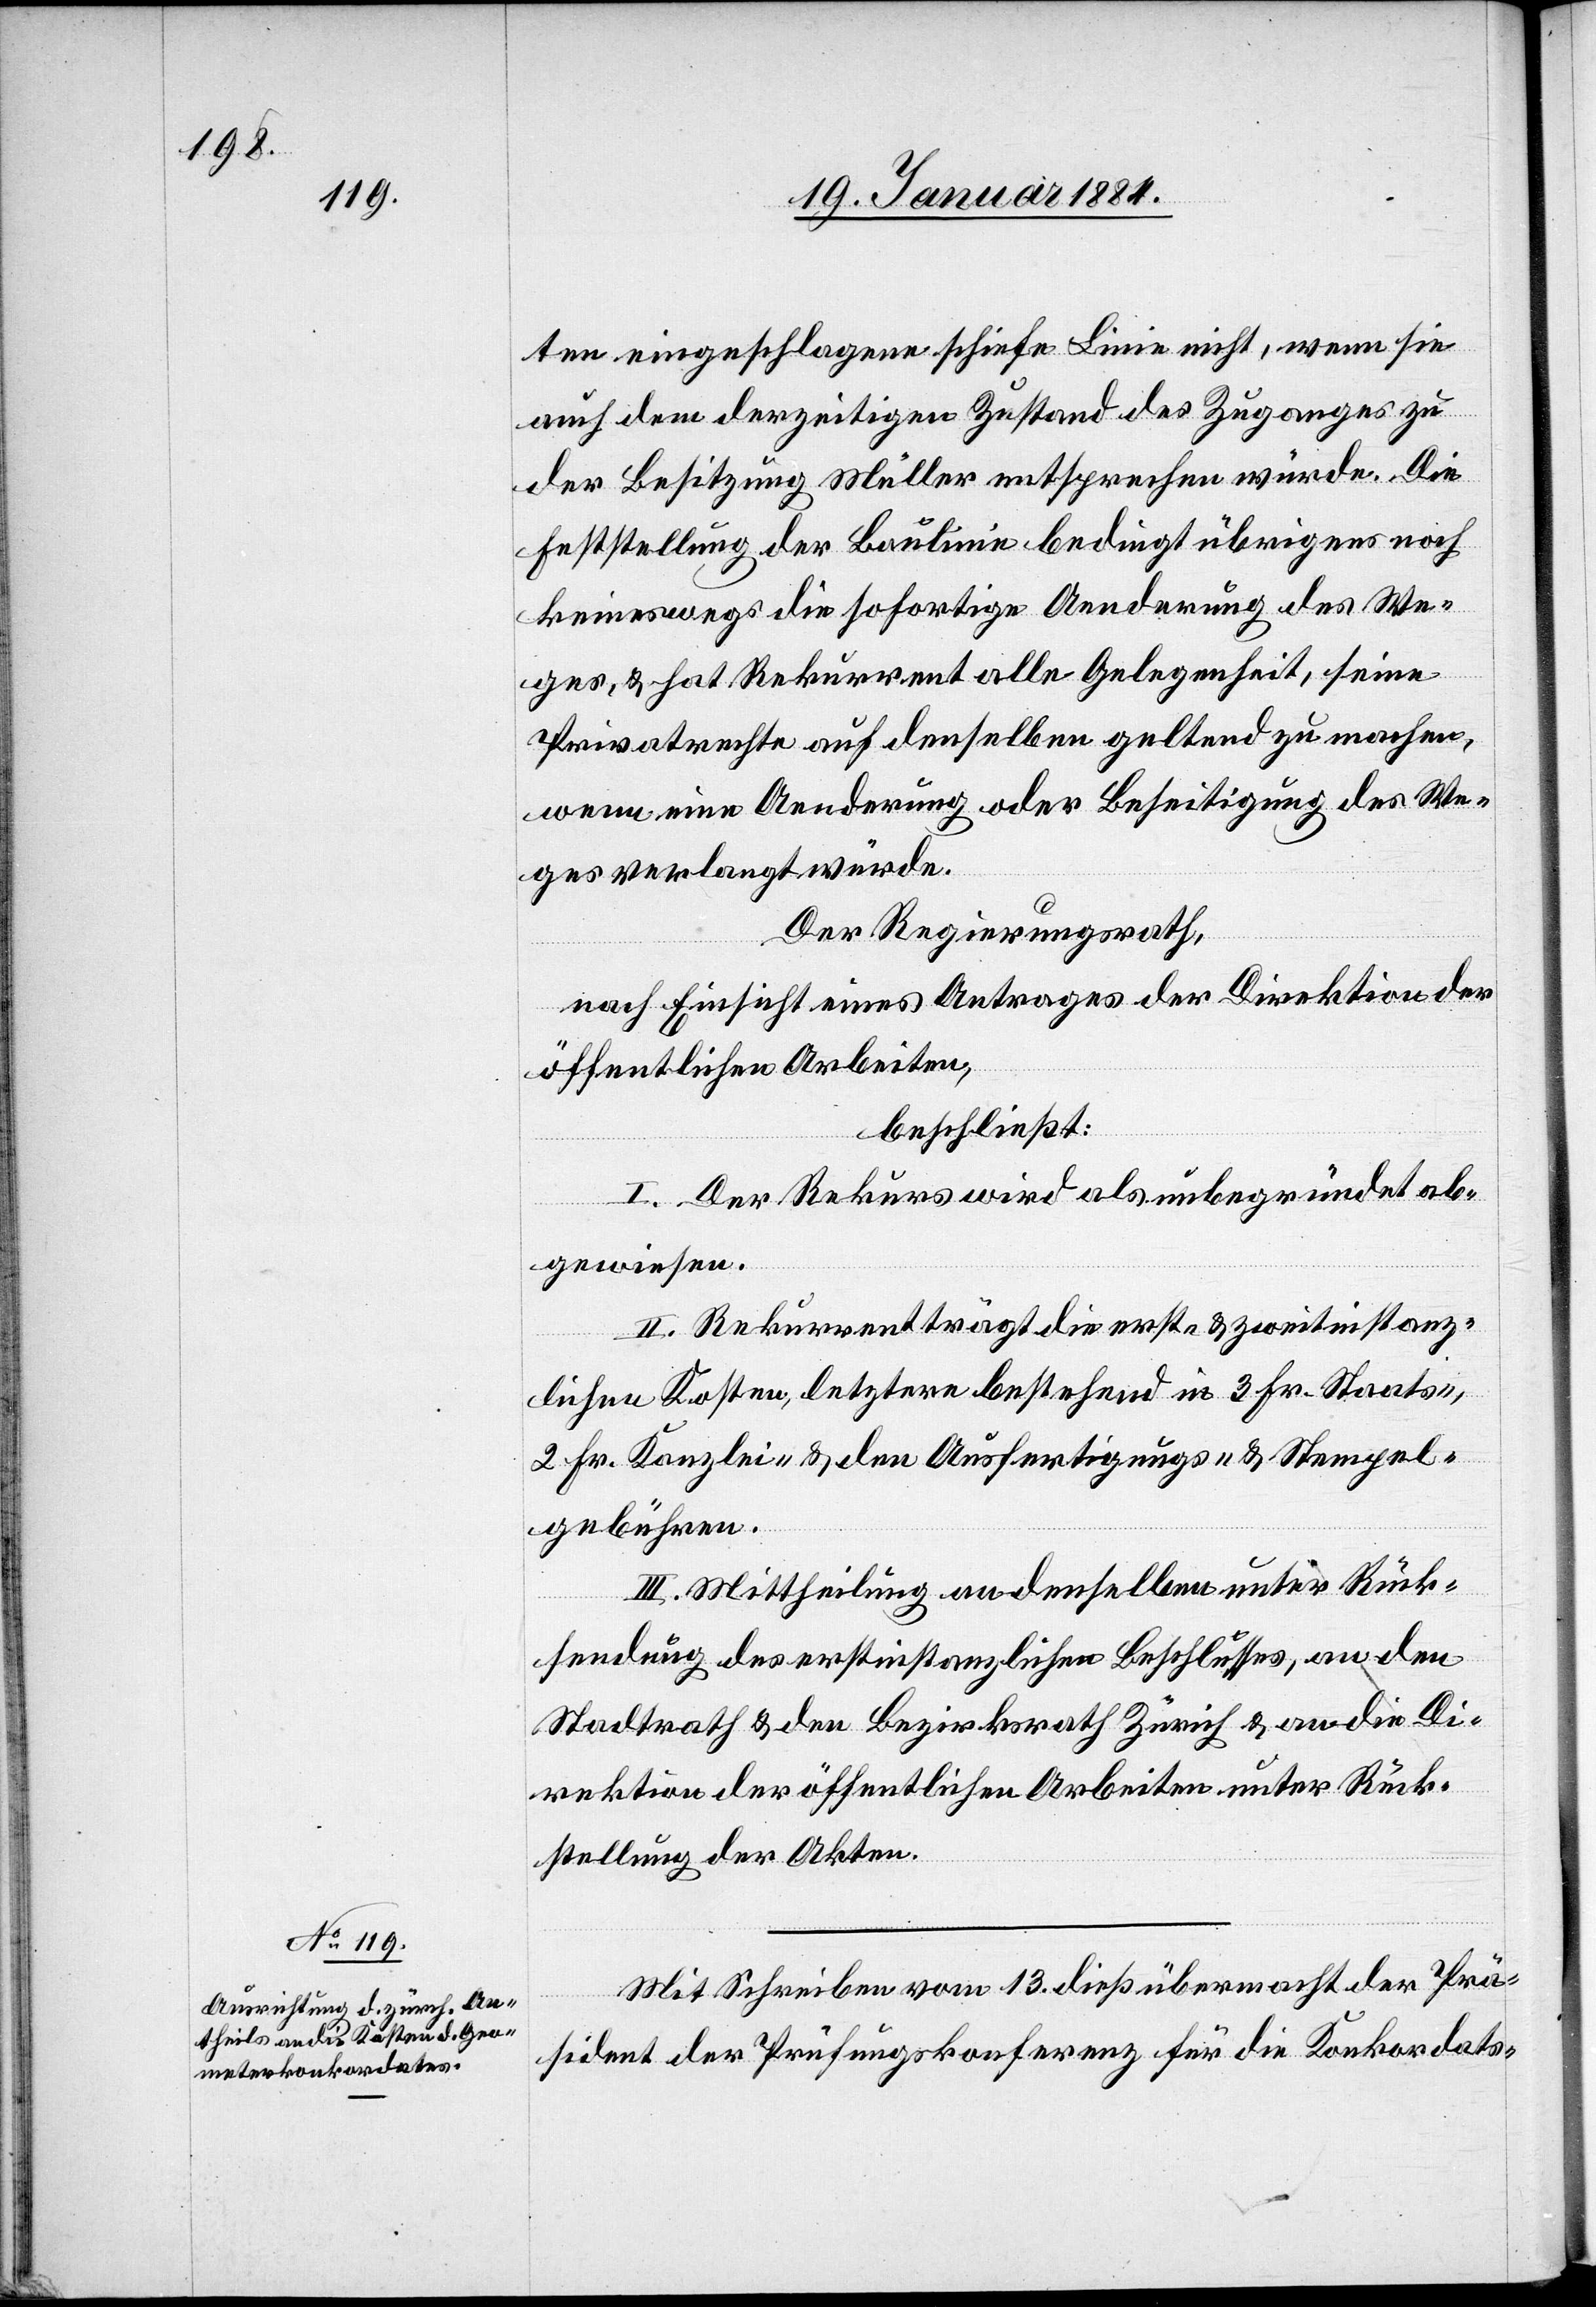
ten eingeschlagene schiefe Linie nicht, wenn sie
auch dem derzeitigen Zustand des Zuganges zu
der Besitzung Müller entsprechen würde. Die
Feststellung der Baulinie bedingt übrigens noch
keineswegs die sofortige Aenderung des We¬
ges, & hat Rekurrent alle Gelegenheit, seine
Privatrechte auf denselben geltend zu machen,
wenn eine Aenderung oder Beseitigung des We¬
ges verlangt würde.
Der Regierungsrath,
nach Einsicht eines Antrages der Direktion der
öffentlichen Arbeiten,
beschließt:
I. Der Rekurs wird als unbegründet ab¬
gewiesen.
II. Rekurrent trägt die erst- & zweitinstanz¬
lichen Kosten, letztere bestehend in 3 Fr. Staats-,
2 Fr. Kanzlei- & den Ausfertigungs- & Stempel¬
gebühren.
III. Mittheilung an denselben unter Rück¬
sendung des erstinstanzlichen Beschlusses, an den
Stadtrath & den Bezirksrath Zürich & an die Di¬
rektion der öffentlichen Arbeiten unter Rück¬
stellung der Akten.
Mit Schreiben vom 13. dieß. übermacht der Prä¬
sident der Prüfungskonferenz für die Konkordats-